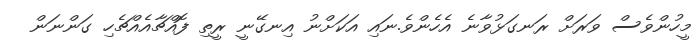
މީހުންވެސް ވަރަށް ރަނގަޅުވާނެ އެހެންވެ.ނައި އަކަށްނު އިނގޭނީ ރީތި ފޮއްޗާއެއްޗެހި ގަންނަން